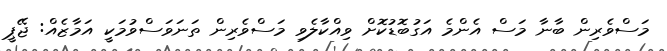
މަސްވެރިން ބާނާ މަސް އެންމެ އަގުބޮޑުކޮށް ވިއްކާލެވި މަސްވެރިން ތަނަވަސްވުމަކީ އަމާޒެއް: ޖޭޕީ